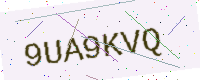
Text: 9UA9KVQ